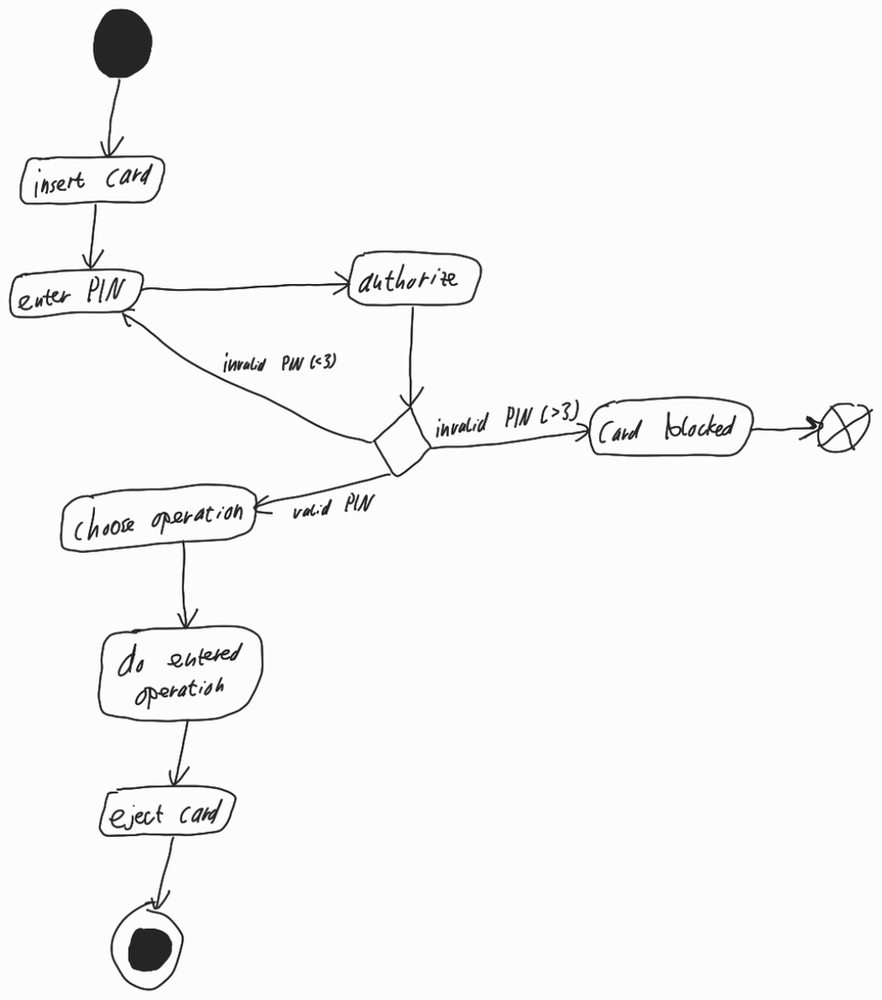
Diagram type: activity_diagram
```plantuml
@startuml

start

:insert card;

repeat:enter PIN;
  :authorize;
repeat while () is (invalid PIN (<3))

if () then (invalid PIN (>3))
  :Card blocked;
  end
else (valid PIN)
  :Choose operation;
  :do entered operation;
  :eject card;
  stop
endif

@enduml
```